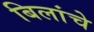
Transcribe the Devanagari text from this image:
बिलांचे